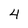
Character: 4